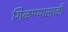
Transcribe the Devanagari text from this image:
गिळण्यासाठी